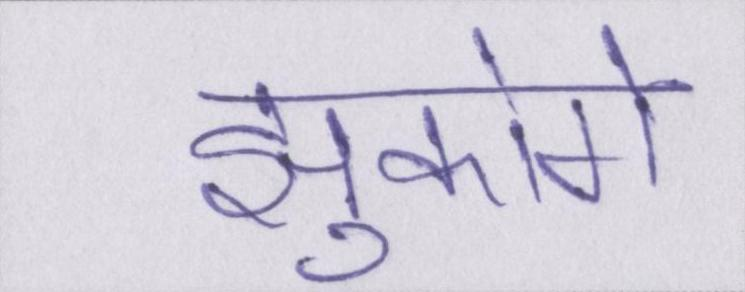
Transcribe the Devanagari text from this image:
झुकोगे